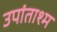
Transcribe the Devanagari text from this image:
उपांताश्म